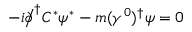
- i { \partial \! \! \! { \big / } } ^ { \dagger } C ^ { * } \psi ^ { * } - m ( \gamma ^ { 0 } ) ^ { \dagger } \psi = 0